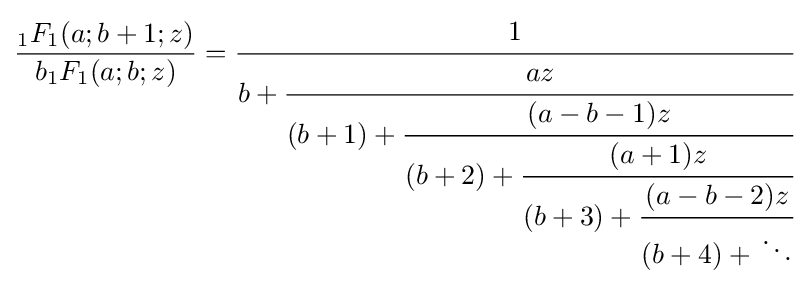
{\frac {{}_{1}F_{1}(a;b+1;z)}{b{}_{1}F_{1}(a;b;z)}}={\cfrac {1}{b+{\cfrac {az}{(b+1)+{\cfrac {(a-b-1)z}{(b+2)+{\cfrac {(a+1)z}{(b+3)+{\cfrac {(a-b-2)z}{(b+4)+{}\ddots }}}}}}}}}}